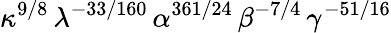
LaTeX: \kappa^{9/8}\, \lambda^{-33/160}\, \alpha^{361/24}\, \beta^{-7/4}\, \gamma^{-51/16}